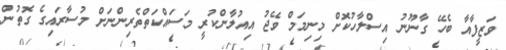
ވަޒީފާއާ ބެހޭ ގާނޫނު އިސްލާހުކޮށް މިނިމަމް ވޭޖު އިއުލާންކުރީ މަސައްކަތްތެރިންނަށް މުސާރައިގެ ގޮތުން